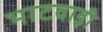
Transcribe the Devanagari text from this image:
भाटवाड़ी